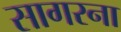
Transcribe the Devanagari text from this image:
सागरना